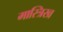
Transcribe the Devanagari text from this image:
मास्त्रिख